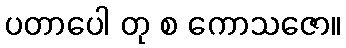
ပတာပေါ တု စ ကောသဇော။